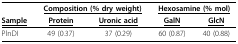
<table><thead><tr><td></td><td colspan="2"><b><underline>Composition (% dry weight)</underline></b></td><td colspan="2"><b><underline>Hexosamine (% mol)</underline></b></td></tr><tr><td><b><underline>Sample</underline></b></td><td><b><underline>Protein</underline></b></td><td><b><underline>Uronic acid</underline></b></td><td><b><underline>GalN</underline></b></td><td><b><underline>GlcN</underline></b></td></tr></thead><tbody><tr><td>PlnDI</td><td>49 (0.37)</td><td>37 (0.29)</td><td>60 (0.87)</td><td>40 (0.88)</td></tr></tbody></table>